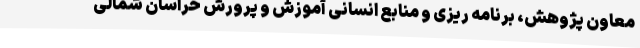
معاون پژوهش، برنامه ریزی و منابع انسانی آموزش و پرورش خراسان شمالی